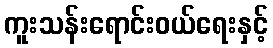
ကူးသန်းရောင်းဝယ်ရေးနှင့်